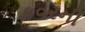
કવરની